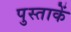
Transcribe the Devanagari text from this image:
पुस्ताकें